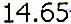
14.65